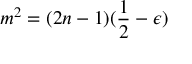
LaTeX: m ^ { 2 } = ( 2 n - 1 ) ( \frac { 1 } { 2 } - \epsilon )